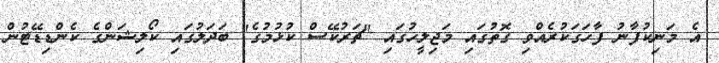
އެ މަނިކުފާނު ފާހަގަކުރެއްވި ގޮތުގައި މަޖިލީހުގައި "ޗަރުކޭސް ކުޅުމުގެ" ބަދަލުގައި ކޯލިޝަންގެ ކެންޑިޑޭޓުން